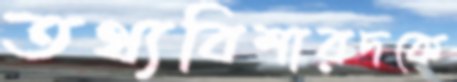
তথ্যবিশারদকে